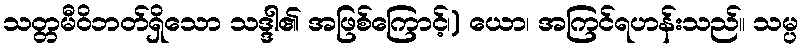
သတ္တမီဝိဘတ်ရှိသော သဒ္ဒါ၏ အဖြစ်ကြောင့်၊) ယော၊ အကြင်ရဟန်းသည်။ သမ္ပ